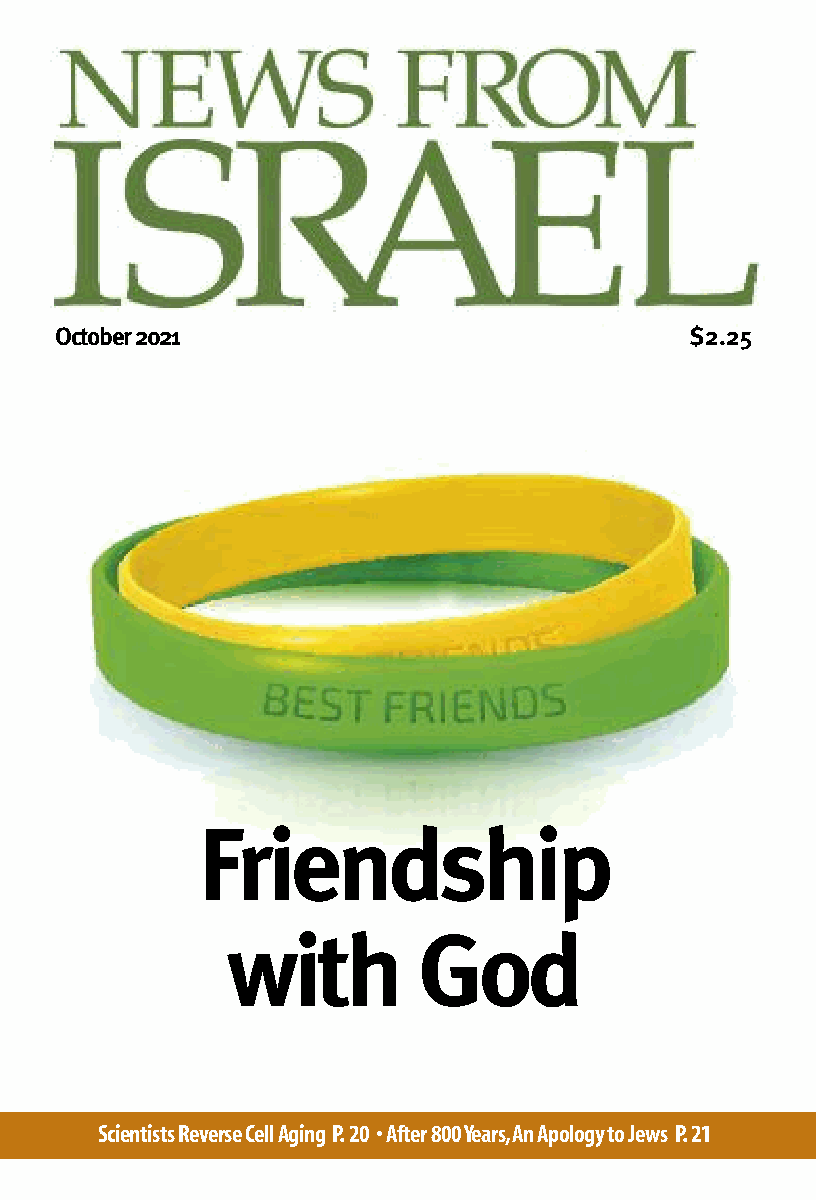
October 2021                              $2.25
 Friendship
 with         God
 Scientists Reverse Cell Aging P. 20 • After 800 Years, An Apology to Jews P.21